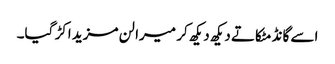
اسے گانڈ مٹکاتے دیکھ دیکھ کر میرا لن مزید اکڑ گیا۔